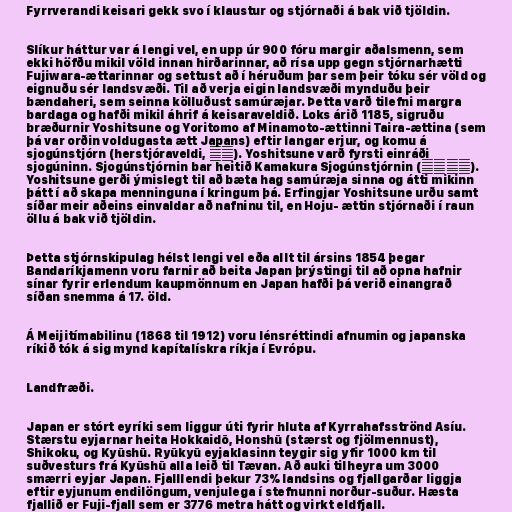
Fyrrverandi keisari gekk svo í klaustur og stjórnaði á bak við tjöldin.

Slíkur háttur var á lengi vel, en upp úr 900 fóru margir aðalsmenn, sem
ekki höfðu mikil völd innan hirðarinnar, að rísa upp gegn stjórnarhætti
Fujiwara-ættarinnar og settust að í héruðum þar sem þeir tóku sér völd og
eignuðu sér landsvæði. Til að verja eigin landsvæði mynduðu þeir
bændaheri, sem seinna kölluðust samúræjar. Þetta varð tilefni margra
bardaga og hafði mikil áhrif á keisaraveldið. Loks árið 1185, sigruðu
bræðurnir Yoshitsune og Yoritomo af Minamoto-ættinni Taira-ættina (sem
þá var orðin voldugasta ætt Japans) eftir langar erjur, og komu á
sjogúnstjórn (herstjóraveldi, 幕府). Yoshitsune varð fyrsti einráði
sjogúninn. Sjogúnstjórnin bar heitið Kamakura Sjogúnstjórnin (鎌倉幕府).
Yoshitsune gerði ýmislegt til að bæta hag samúræja sinna og átti mikinn
þátt í að skapa menninguna í kringum þá. Erfingjar Yoshitsune urðu samt
síðar meir aðeins einvaldar að nafninu til, en Hoju- ættin stjórnaði í raun
öllu á bak við tjöldin.

Þetta stjórnskipulag hélst lengi vel eða allt til ársins 1854 þegar
Bandaríkjamenn voru farnir að beita Japan þrýstingi til að opna hafnir
sínar fyrir erlendum kaupmönnum en Japan hafði þá verið einangrað
síðan snemma á 17. öld.

Á Meijitímabilinu (1868 til 1912) voru lénsréttindi afnumin og japanska
ríkið tók á sig mynd kapítalískra ríkja í Evrópu.

Landfræði.

Japan er stórt eyríki sem liggur úti fyrir hluta af Kyrrahafsströnd Asíu.
Stærstu eyjarnar heita Hokkaidō, Honshū (stærst og fjölmennust),
Shikoku, og Kyūshū. Ryūkyū eyjaklasinn teygir sig yfir 1000 km til
suðvesturs frá Kyūshū alla leið til Tævan. Að auki tilheyra um 3000
smærri eyjar Japan. Fjalllendi þekur 73% landsins og fjallgarðar liggja
eftir eyjunum endilöngum, venjulega í stefnunni norður-suður. Hæsta
fjallið er Fuji-fjall sem er 3776 metra hátt og virkt eldfjall.